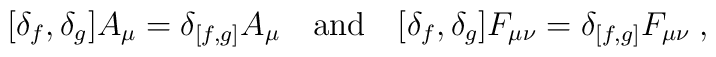
[ \delta_f , \delta_g ] A_\mu = \delta_{[f,g]} A_\mu \quad {\rm and} \quad[ \delta_f , \delta_g ] F_{\mu \nu} = \delta_{[f,g]} F_{\mu \nu} \;,